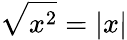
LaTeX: \sqrt{x^{2}}=|x|